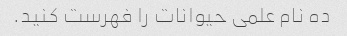
ده نام علمی حیوانات را فهرست کنید.